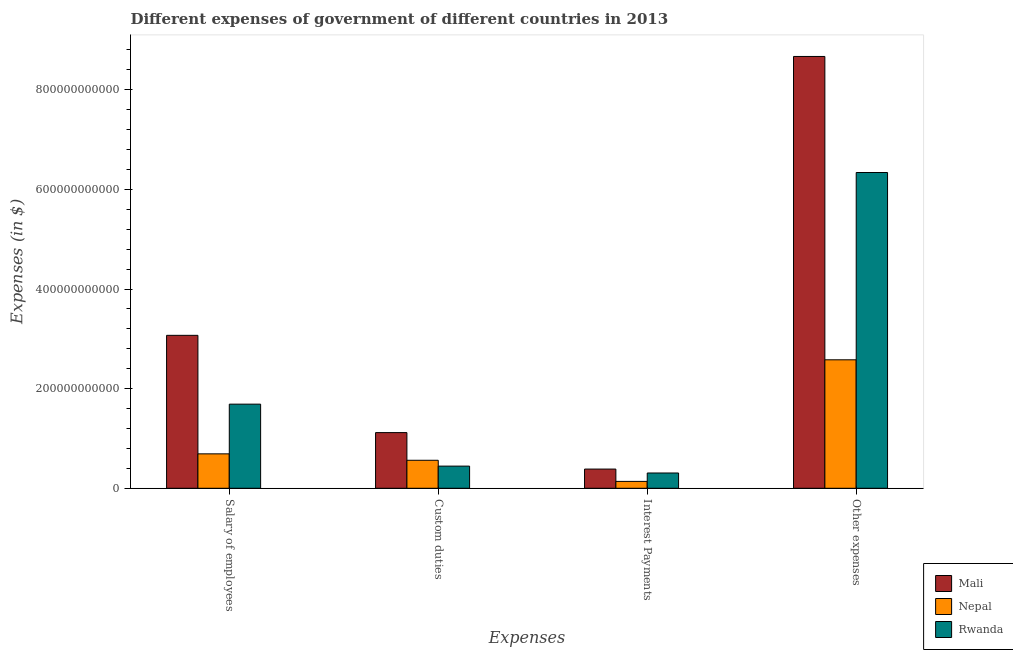
| Expenses | Mali | Nepal | Rwanda |
 | --- | --- | --- | --- |
 | Salary of employees | 3.07e+11 | 6.91e+10 | 1.69e+11 |
 | Custom duties | 1.12e+11 | 5.62e+10 | 4.45e+10 |
 | Interest Payments | 3.86e+10 | 1.38e+10 | 3.07e+10 |
 | Other expenses | 8.67e+11 | 2.58e+11 | 6.34e+11 |